Report on vaccination in Madras 1904-1921 - 1904-1921
Year: 1904
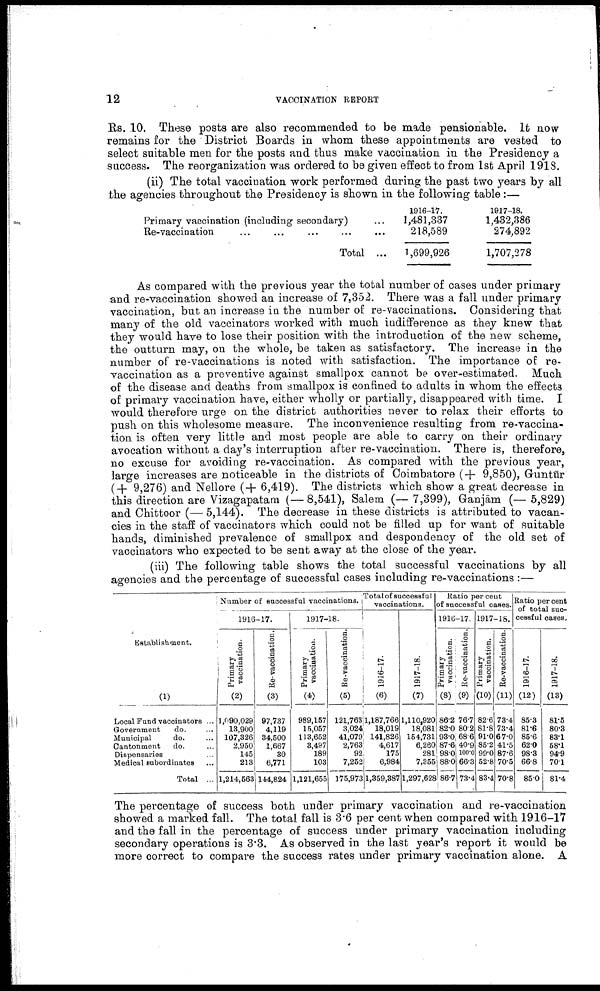
12
VACCINATION REPORT
Rs. 10. These posts are also recommended to be made pensionable. It now
remains for the District Boards in whom these appointments are vested to
select suitable men for the posts and thus make vaccination in the Presidency a
success. The reorganization was ordered to be given effect to from 1st April 1918.
(ii) The total vaccination work performed during the past two years by all
the agencies throughout the Presidency is shown in the following table:—
Primary vaccination (including secondary) ...
Re-vaccination ... ... ... ... ...
Total ...
1916-17.
1,481,337
218,589
1,699,926
1917-18.
1,432,386
274,892
1,707,278
As compared with the previous year the total number of cases under primary
and re-vaccination showed an increase of 7,352. There was a fall under primary
vaccination, but an increase in the number of re-vaccinations. Considering that
many of the old vaccinators worked with much indifference as they knew that
they would have to lose their position with the introduction of the new scheme,
the outturn may, on the whole, be taken as satisfactory. The increase in the
number of re-vaccinations is noted with satisfaction. The importance of re-
vaccination as a preventive against smallpox cannot be over-estimated. Much
of the disease and deaths from smallpox is confined to adults in whom the effects
of primary vaccination have, either wholly or partially, disappeared with time. I
would therefore urge on the district authorities never to relax their efforts to
push on this wholesome measure. The inconvenience resulting from re-vaccina
tion is often very little and most people are able to carry on their ordinary
avocation without a day's interruption after re-vaccination. There is, therefore,
no excuse for avoiding re-vaccination. As compared with the previous year,
large increases are noticeable in the districts of Coimbatore (+ 9,850), Guntūr
(+ 9,276) and Nellore (+ 6,419). The districts which show a great decrease in
this direction are Vizagapatam (— 8,541), Salem (— 7,399), Ganjām (— 5,829)
and Chittoor (— 5,144). The decrease in these districts is attributed to vacan
cies in the staff of vaccinators which could not be filled up for want of suitable
hands, diminished prevalence of smallpox and despondency of the old set of
vaccinators who expected to be sent away at the close of the year.
(iii) The following table shows the total successful vaccinations by all
agencies and the percentage of successful cases including re-vaccinations :—
Establishment.
(1)
Local Fund vaccinators ...
Government
do.
...
Municipal
do. ...
Cantonment
do. ...
Dispensaries ...
Medical subordinates ...
Total ...
Number of successful vaccinations.
1916-17.
Primary
vaccination.
(2)
1,090,029
13,900
107,326
2,950
145
213
1,214,563
Re-vaccination.
(3)
97,737
4,119
34,500
1,667
30
6,771
144,824
1917-18.
Primary
vaccination.
(4)
989,157
15,057
113,652
3,497
189
103
1,121,655
Re-vaccination.
(5)
121,763
3,024
41,079
2,763
92
7,252
175,973
Total of successful
vaccinations.
1916-17.
(6)
1,187,766
18,019
141,826
4,617
175
6,984
1,359,387
1917-18.
(7)
1,110,920
18,081
154,731
6,260
281
7,355
1,297,628
Ratio percent
of successful cases.
1916-17.
Primary
vaccination.
(8)
86.2
82.0
93.0
87.6
98.0
88.0
86.7
Re-vaccination.
(9)
76.7
80.2
68.6
40.9
100.0
66.3
73.4
1917-18.
Primary
vaccination.
(10)
82.6
81.8
91.0
85.2
99.0
52.8
83.4
Re-vaccination.
(11)
73.4
73.4
67.0
41.5
87.6
70.5
70.8
Ratio per cent
of total suc
cessful cases.
1916-17.
(12)
85.3
81.6
85.6
62.0
98.3
66.8
85.0
1917-18.
(13)
81.5
80.3
83.1
58.1
94.9
70.1
81.4
The percentage of success both under primary vaccination and re-vaccination
showed a marked fall. The total fall is 3.6 per cent when compared with 1916-17
and the fall in the percentage of success under primary vaccination including
secondary operations is 3.3. As observed in the last year's report it would be
more correct to compare the success rates under primary vaccination alone. A